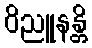
ဝိညူနန္တိ